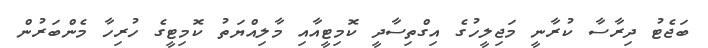
ބަޖެޓު ދިރާސާ ކުރާނީ މަޖިލީހުގެ އިގްތިސާދީ ކޮމިޓީއާއި މާލިއްޔަތު ކޮމިޓީގެ ހުރިހާ މެންބަރުން